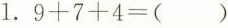
1.$$9 + 7 + 4 = ( )$$